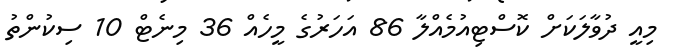
މިއީ ދުވާލަކަށް ކޮސްޓިއުމެއްލާ 86 އަހަރުގެ މީހެއް 36 މިނެޓް 10 ސިކުންތު